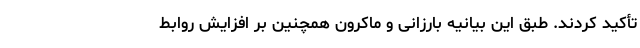
تأکید کردند. طبق این بیانیه بارزانی و ماکرون همچنین بر افزایش روابط